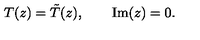
T ( z ) = \tilde { T } ( z ) , \qquad \mathrm { I m } ( z ) = 0 .